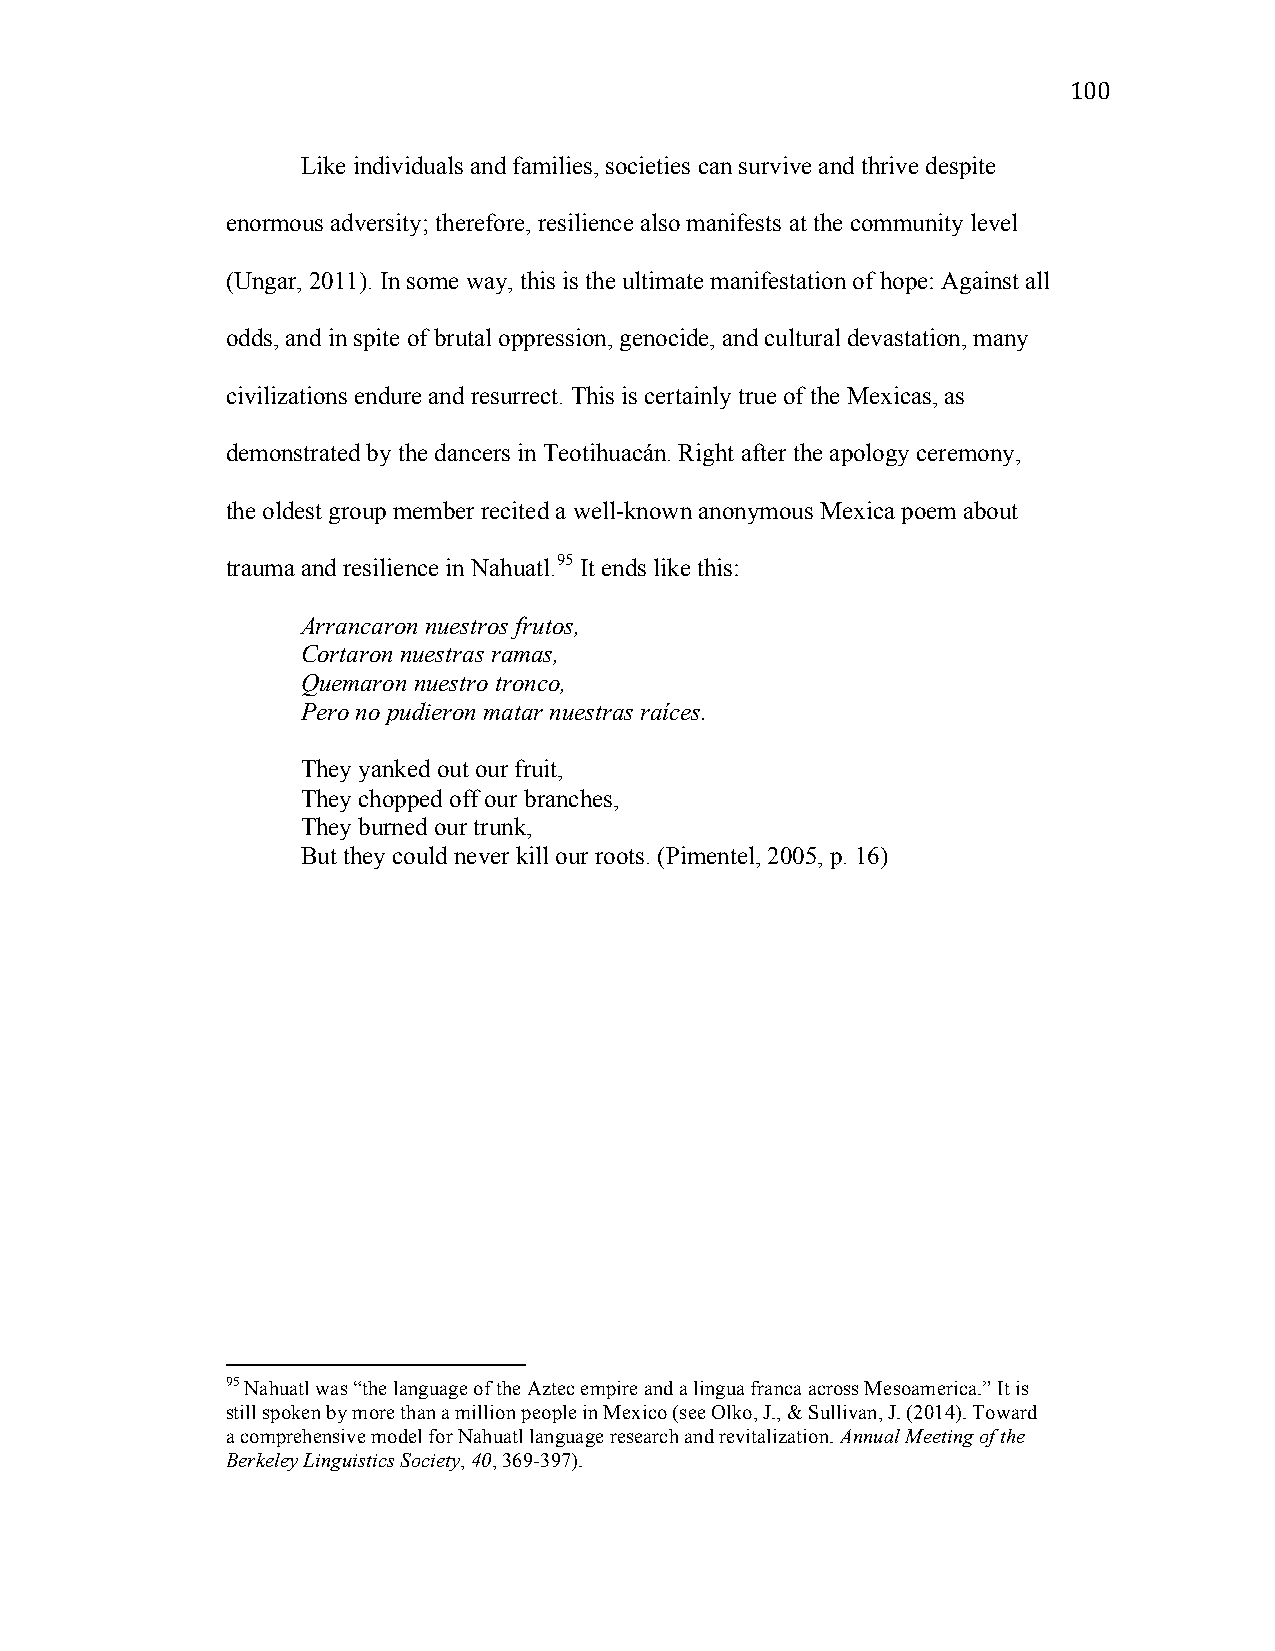
100
 Like individuals and families, societies can survive and thrive despite
 enormous adversity; therefore, resilience also manifests at the community level
 (Ungar, 2011). In some way, this is the ultimate manifestation of hope: Against all
 odds, and in spite of brutal oppression, genocide, and cultural devastation, many
 civilizations endure and resurrect. This is certainly true of the Mexicas, as
 demonstrated by the dancers in Teotihuacán. Right after the apology ceremony,
 the oldest group member recited a well-known anonymous Mexica poem about
 trauma and resilience in Nahuatl.95 It ends like this:
 Arrancaron nuestros frutos,
 Cortaron nuestras ramas,
 Quemaron nuestro tronco,
 Pero no pudieron matar nuestras raíces.
 They yanked out our fruit,
 They chopped off our branches,
 They burned our trunk,
 But they could never kill our roots. (Pimentel, 2005, p. 16)
 95 Nahuatl was “the language of the Aztec empire and a lingua franca across Mesoamerica.” It is
 still spoken by more than a million people in Mexico (see Olko, J., & Sullivan, J. (2014). Toward
 a comprehensive model for Nahuatl language research and revitalization. Annual Meeting of the
 Berkeley Linguistics Society, 40, 369-397).